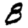
Digit: 8